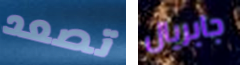
تصعد جابريال